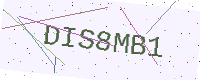
Text: DIS8MB1